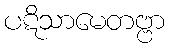
ပဋိသာမေတဗ္ဗာ